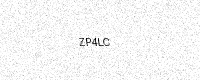
Text: ZP4LC